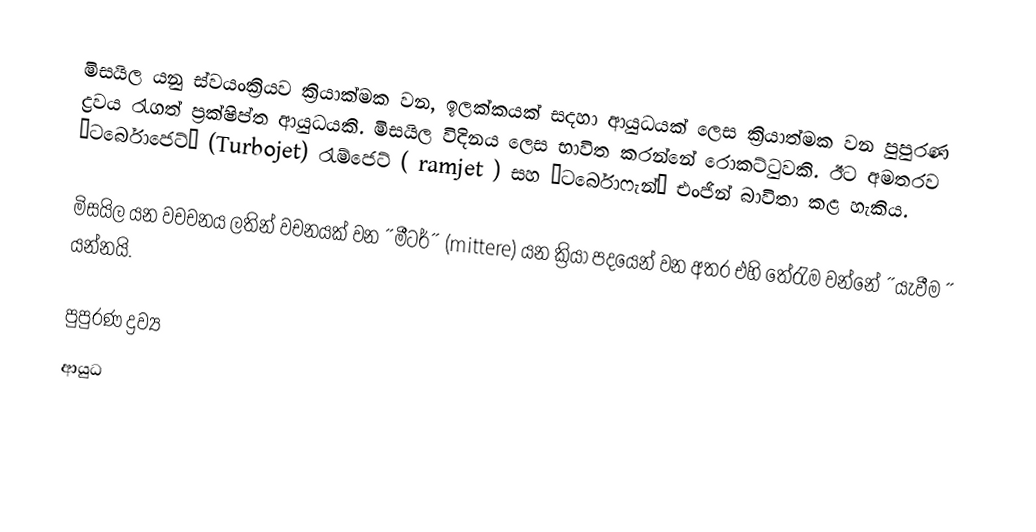
මිසයිල යනු ස්වයංක්‍රියව ක්‍රියාක්මක වන, ඉලක්කයක් සදහා ආයුධයක් ලෙස ක්‍රියාත්මක වන පුපුරණ ද්‍රවය රැගත් ප්‍රක්ෂිප්ත ආයුධයකි. මිසයිල විදිනය ලෙස භාවිත කරන්නේ රොකට්ටුවකි. ඊට අමතරව ˝ටර්බොජෙට්˝ (Turbojet) රැම්ජෙට් ( ramjet ) සහ ˝ටර්බොෆැන්˝ එංජින් බාවිතා කළ හැකිය.

මිසයිල යන වචචනය ලතින් වචනයක් වන ˝මීටර්˝ (mittere) යන ක්‍රියා පදයෙන් වන අතර එහි තේරැම වන්නේ ˝යැවීම ˝ යන්නයි.

පුපුරණ ද්‍රව්‍ය
ආයුධ